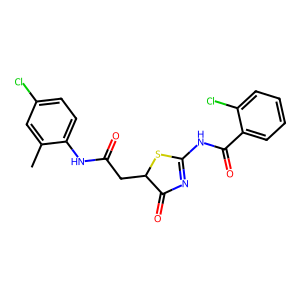
SMILES: Cc1cc(Cl)ccc1NC(=O)CC1SC(NC(=O)c2ccccc2Cl)=NC1=O
Inhibits HIV replication: No